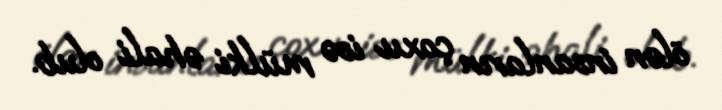
ölən insanların çoxu isə mülki əhali olub.